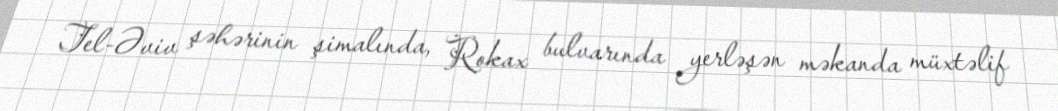
Tel-Əviv şəhərinin şimalında, Rokax bulvarında yerləşən məkanda müxtəlif